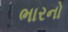
ભારનો